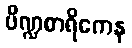
ပိဏ္ဍစာရိကေန